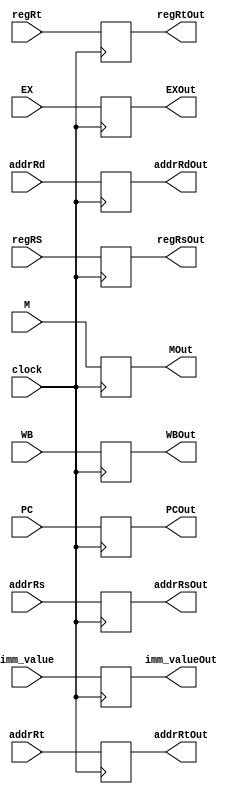
module IDEX(

  input clock,
  input [1:0] WB,
  input [2:0] M, 
  input [7:0] EX, 
  input [31:0] regRS, regRt, imm_value, PC,
  input [4:0] addrRs, addrRt, addrRd,
  output reg [2:0] MOut,
  output reg [7:0] EXOut,
  output reg [31:0] regRsOut, regRtOut, PCOut, imm_valueOut,
  output reg [4:0] addrRsOut, addrRtOut, addrRdOut,
  output reg [1:0] WBOut

  );

 initial begin
  PCOut = 0;
  WBOut = 0;
  MOut = 0;
  EXOut = 0;
  regRsOut = 0;
  regRtOut = 0;
  imm_valueOut = 0;
  addrRsOut = 0;
  addrRtOut = 0;
  addrRdOut = 0;
 end

 always@(posedge clock) begin
    PCOut <= PC;
    WBOut <= WB;
    MOut <= M;
    EXOut <= EX;
    regRsOut <= regRS;
    regRtOut <= regRt;
    imm_valueOut <= imm_value;
    addrRsOut <= addrRs;
    addrRtOut <= addrRt;
    addrRdOut <= addrRd;
 end
endmodule